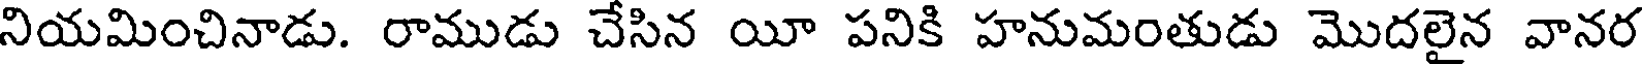
నియమించినాడు. రాముడు చేసిన యీ పనికి హనుమంతుడు మొదలైన వానర